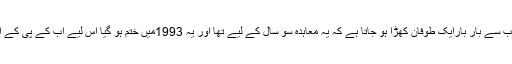
افغان حکومت اور اس کے اہل دانش کی جانب سے بار بارایک طوفان کھڑا ہو جاتا ہے کہ یہ معاہدہ سو سال کے لیے تھا اور یہ 1993میں ختم ہو گیا اس لیے اب کے پی کے اور فاٹا وغیرہ دوبارہ افغانستان کا حصہ ہیں۔